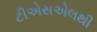
ટીએસએલથી